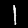
Label: 1